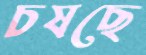
চষছে